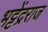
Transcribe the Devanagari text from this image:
भट्टेंद्रराज